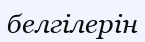
белгілерін